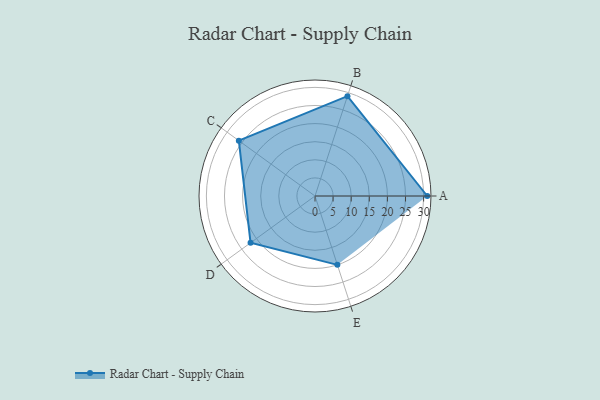
{"axis": {"x": "Skill", "y": "Score"}, "legend": ["Profile"], "data": [{"x": "A", "y": 31.0, "type": "Profile"}, {"x": "B", "y": 29.0, "type": "Profile"}, {"x": "C", "y": 26.0, "type": "Profile"}, {"x": "D", "y": 22.0, "type": "Profile"}, {"x": "E", "y": 20.0, "type": "Profile"}]}